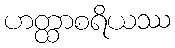
ဟတ္ထာစရိယဿ